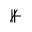
\nVdash